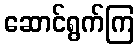
ဆောင်ရွက်ကြ